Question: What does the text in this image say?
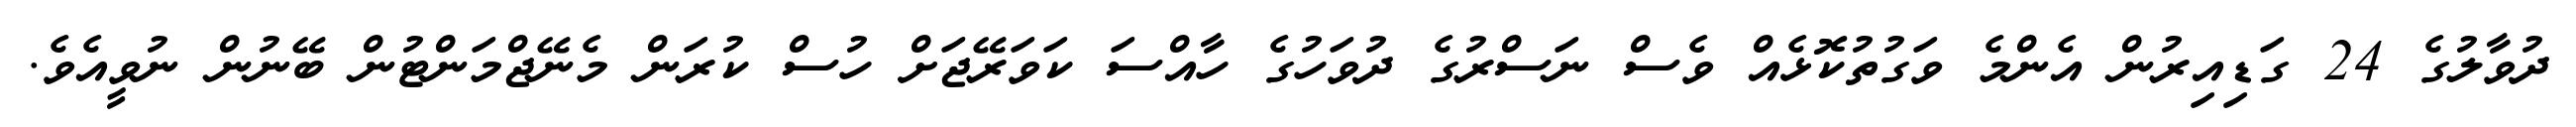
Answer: ދުވާލުގެ 24 ގަޑިއިރުން އެންމެ ވަގުތުކޮޅެއް ވެސް ނަސްރުގެ ދުވަހުގެ ހާއްސަ ކަވަރޭޖަށް ހުސް ކުރަން މެނޭޖްމަންޓުން ބޭނުން ނުވީއެވެ.